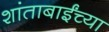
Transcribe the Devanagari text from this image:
शांताबाईंच्या